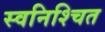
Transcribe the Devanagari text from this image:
स्वनिश्चित